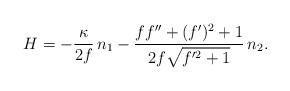
LaTeX: \begin{align*} H=-\frac{\kappa}{2f} \,n_1 - \frac{f f''+(f')^2 + 1}{2f \sqrt{f'^2+1}} \,n_2.\end{align*}